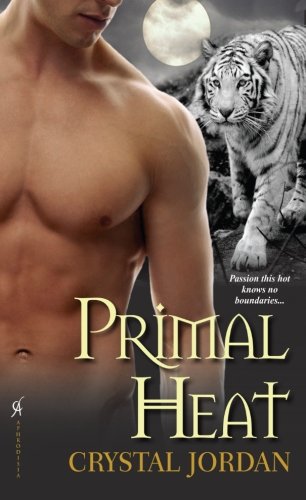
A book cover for Primal Heat; Crystal Jordan; Romance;